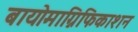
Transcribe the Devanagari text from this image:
बायोमाग्निफिकाशन